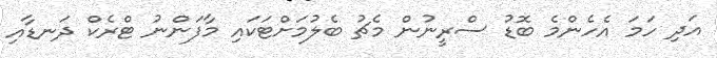
އަދި ހަމަ އެހެންމެ ބޮޑު ސްރީނުން މެޗު ބެލުމަށްޓަކައި މާފަންނު ޓްރެކް ދަނޑާއި